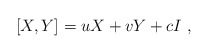
\begin{align*}[X,Y] = uX+vY+cI \ ,\end{align*}